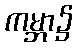
ကမ္ဘာ၌